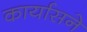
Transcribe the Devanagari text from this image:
कार्यासने